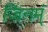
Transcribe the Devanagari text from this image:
जिनमं्